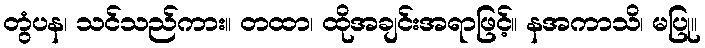
တွံပန၊ သင်သည်ကား။ တထာ၊ ထိုအချင်းအရာဖြင့်။ နအကာသိ၊ မပြု။